Malaria in the Duars
Disease focus: Malaria
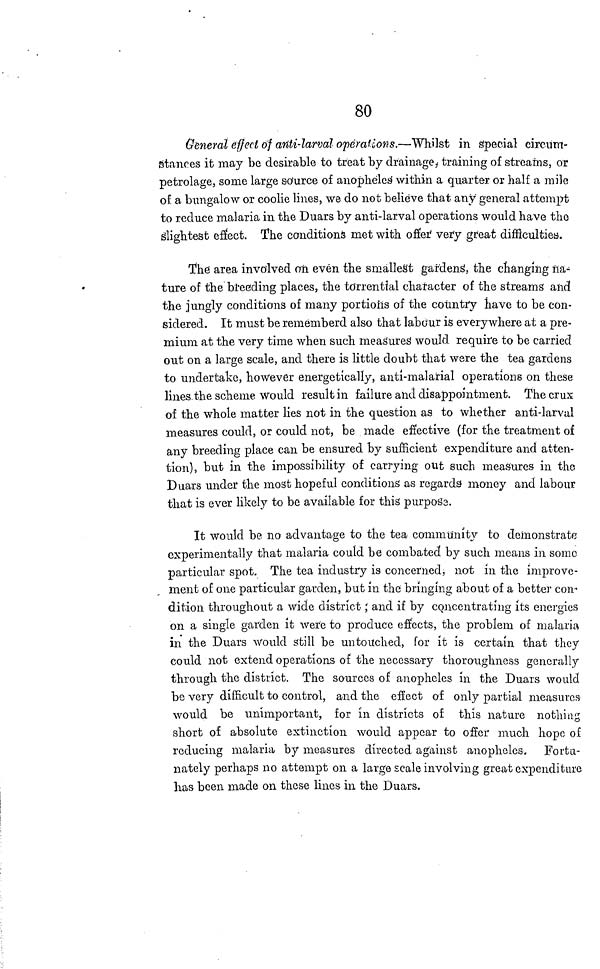
80
General effect of anti-larval operations.—Whilst in Special circum-
stances it may be desirable to treat by drainage, training of streams, or
petrolage, some large source of anopheles' within a quarter or half a mile
of a bungalow or coolie lines, we do not believe that any" general attempt
to reduce malaria in the Duars by anti-larval operations would have the
slightest effect. The conditions met with offer very great difficulties.
The area involved on even the smallest gardens, the changing na-
ture of the breeding places, the torrential character of the streams and
the jungly conditions of many portions of the country have to be con-
sidered. It must be rememberd also that labour is everywhere at a pre-
mium at the very time when such measures' would require to be carried
out on a large scale, and there is little doubt that were the tea gardens
to undertake, however energetically, anti-malarial operations on these
lines.the scheme would result in failure and disappointment. The crux
of the whole matter lies not in the question as to whether anti-larval
measures could, or could not, be made effective (for the treatment of
any breeding place can be ensured by sufficient expenditure and atten-
tion), but in the impossibility of carrying out such measures in the
Duars under the most hopeful conditions as regards money and labour
that is ever likely to be available for this purpose.
It would be no advantage to the tea community to demonstrate
experimentally that malaria could be combated by such means in some
particular spot. The tea industry is concerned, not in the improve-
ment of one particular garden, but in the bringing about of a better con
dition throughout a wide district ; and if by concentrating its energies
on a single garden it were to produce effects, the problem of malaria
in the Duars would still be untouched, for it is certain that they
could not extend operations of the necessary thoroughness generally
through the district. The sources of anopheles in the Duars would
be very difficult to control, and the effect of only partial measures
would be unimportant, for in districts of this nature nothing
short of absolute extinction would appear to offer much hope of
reducing malaria by measures directed against anopheles. Fortu-
nately perhaps no attempt on a large scale involving great expenditure
has been made on these lines in the Duars.